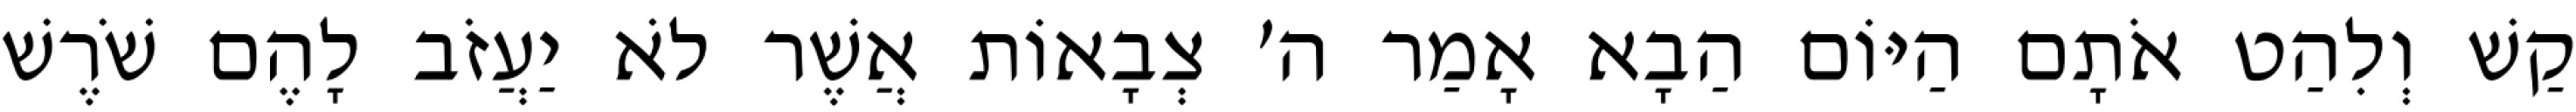
קַשׁ וְלִהַט אֹתָם הַיּוֹם הַבָא אָמַר ה׳ צְבָאוֹת אֲשֶׁר לֹא יַעֲזֹב לָהֶם שֹׁרֶשׁ